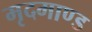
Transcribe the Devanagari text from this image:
मृदमाण्ड